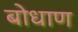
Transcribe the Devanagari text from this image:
बोधाण